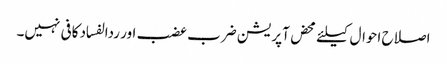
اصلاح احوال کیلئے محض آپریشن ضرب عضب اور ردالفساد کافی نہیں۔